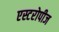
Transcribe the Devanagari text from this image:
एस्टरोपीज